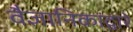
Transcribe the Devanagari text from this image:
वैज्ञानिकांद्वारे